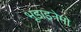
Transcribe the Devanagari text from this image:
भूडाइनेमो